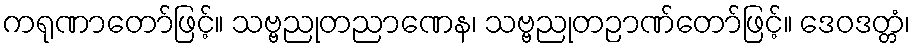
ကရုဏာတော်ဖြင့်။ သဗ္ဗညုတညာဏေန၊ သဗ္ဗညုတဉာဏ်တော်ဖြင့်။ ဒေဝဒတ္တံ၊